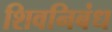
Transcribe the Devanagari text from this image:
शिवनिबंध